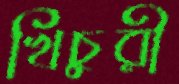
খিচুরী